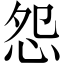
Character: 怨